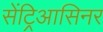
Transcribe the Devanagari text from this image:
सेंट्रिआसिनर